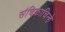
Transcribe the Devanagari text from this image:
संचिकाचिन्हे